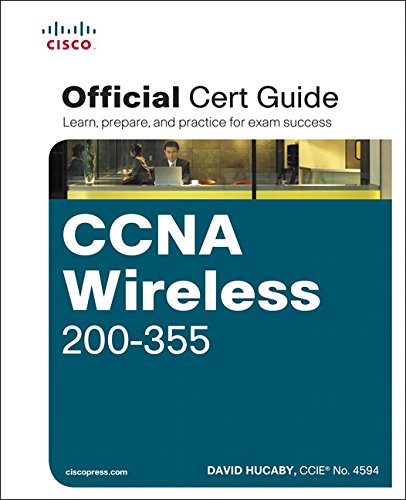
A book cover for CCNA Wireless 200-355 Official Cert Guide (Certification Guide); David Hucaby; Computers & Technology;